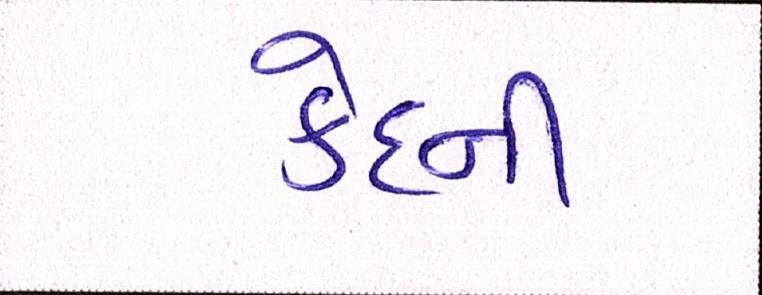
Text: કેદની